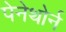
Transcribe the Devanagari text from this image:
पेनेथोर्न